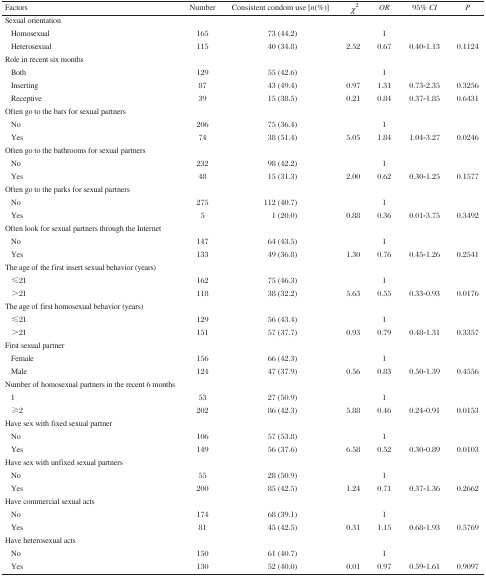
<table><thead><tr><td><b>Factors</b></td><td><b>Number</b></td><td><b>Consistent condom use [<i>n</i>(%)]</b></td><td><b><i>χ</i><sup>2</sup></b></td><td><b><i>OR</i></b></td><td><b>95% <i>CI</i></b></td><td><b><i>P</i></b></td></tr></thead><tbody><tr><td colspan="7">Sexual orientation</td></tr><tr><td> Homosexual</td><td>165</td><td>73 (44.2)</td><td></td><td>1</td><td></td><td></td></tr><tr><td> Heterosexual</td><td>115</td><td>40 (34.8)</td><td>2.52</td><td>0.67</td><td>0.40-1.13</td><td>0.1124</td></tr><tr><td colspan="7">Role in recent six months</td></tr><tr><td> Both</td><td>129</td><td>55 (42.6)</td><td></td><td>1</td><td></td><td></td></tr><tr><td> Inserting</td><td>87</td><td>43 (49.4)</td><td>0.97</td><td>1.31</td><td>0.73-2.35</td><td>0.3256</td></tr><tr><td> Receptive</td><td>39</td><td>15 (38.5)</td><td>0.21</td><td>0.84</td><td>0.37-1.85</td><td>0.6431</td></tr><tr><td colspan="7">Often go to the bars for sexual partners</td></tr><tr><td> No</td><td>206</td><td>75 (36.4)</td><td></td><td>1</td><td></td><td></td></tr><tr><td> Yes</td><td>74</td><td>38 (51.4)</td><td>5.05</td><td>1.84</td><td>1.04-3.27</td><td>0.0246</td></tr><tr><td colspan="7">Often go to the bathrooms for sexual partners</td></tr><tr><td> No</td><td>232</td><td>98 (42.2)</td><td></td><td>1</td><td></td><td></td></tr><tr><td> Yes</td><td>48</td><td>15 (31.3)</td><td>2.00</td><td>0.62</td><td>0.30-1.25</td><td>0.1577</td></tr><tr><td colspan="7">Often go to the parks for sexual partners</td></tr><tr><td> No</td><td>275</td><td>112 (40.7)</td><td></td><td>1</td><td></td><td></td></tr><tr><td> Yes</td><td>5</td><td>1 (20.0)</td><td>0.88</td><td>0.36</td><td>0.01-3.75</td><td>0.3492</td></tr><tr><td colspan="7">Often look for sexual partners through the Internet</td></tr><tr><td> No</td><td>147</td><td>64 (43.5)</td><td></td><td>1</td><td></td><td></td></tr><tr><td> Yes</td><td>133</td><td>49 (36.8)</td><td>1.30</td><td>0.76</td><td>0.45-1.26</td><td>0.2541</td></tr><tr><td colspan="7">The age of the first insert sexual behavior (years)</td></tr><tr><td> ≤21</td><td>162</td><td>75 (46.3)</td><td></td><td>1</td><td></td><td></td></tr><tr><td> &gt;21</td><td>118</td><td>38 (32.2)</td><td>5.63</td><td>0.55</td><td>0.33-0.93</td><td>0.0176</td></tr><tr><td colspan="7">The age of first homosexual behavior (years)</td></tr><tr><td> ≤21</td><td>129</td><td>56 (43.4)</td><td></td><td>1</td><td></td><td></td></tr><tr><td> &gt;21</td><td>151</td><td>57 (37.7)</td><td>0.93</td><td>0.79</td><td>0.48-1.31</td><td>0.3357</td></tr><tr><td colspan="7">First sexual partner</td></tr><tr><td> Female</td><td>156</td><td>66 (42.3)</td><td></td><td>1</td><td></td><td></td></tr><tr><td> Male</td><td>124</td><td>47 (37.9)</td><td>0.56</td><td>0.83</td><td>0.50-1.39</td><td>0.4556</td></tr><tr><td colspan="7">Number of homosexual partners in the recent 6 months</td></tr><tr><td> 1</td><td>53</td><td>27 (50.9)</td><td></td><td>1</td><td></td><td></td></tr><tr><td> ≥2</td><td>202</td><td>86 (42.3)</td><td>5.88</td><td>0.46</td><td>0.24-0.91</td><td>0.0153</td></tr><tr><td colspan="7">Have sex with fixed sexual partner</td></tr><tr><td> No</td><td>106</td><td>57 (53.8)</td><td></td><td>1</td><td></td><td></td></tr><tr><td> Yes</td><td>149</td><td>56 (37.6)</td><td>6.58</td><td>0.52</td><td>0.30-0.89</td><td>0.0103</td></tr><tr><td colspan="7">Have sex with unfixed sexual partners</td></tr><tr><td> No</td><td>55</td><td>28 (50.9)</td><td></td><td>1</td><td></td><td></td></tr><tr><td> Yes</td><td>200</td><td>85 (42.5)</td><td>1.24</td><td>0.71</td><td>0.37-1.36</td><td>0.2662</td></tr><tr><td colspan="7">Have commercial sexual acts</td></tr><tr><td> No</td><td>174</td><td>68 (39.1)</td><td></td><td>1</td><td></td><td></td></tr><tr><td> Yes</td><td>81</td><td>45 (42.5)</td><td>0.31</td><td>1.15</td><td>0.68-1.93</td><td>0.5769</td></tr><tr><td colspan="7">Have heterosexual acts</td></tr><tr><td> No</td><td>150</td><td>61 (40.7)</td><td></td><td>1</td><td></td><td></td></tr><tr><td> Yes</td><td>130</td><td>52 (40.0)</td><td>0.01</td><td>0.97</td><td>0.59-1.61</td><td>0.9097</td></tr></tbody></table>